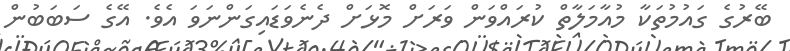
ބޭރުގެ ގައުމުތަކާ މުއާމަލާތް ކުރައްވަން ވަރަށް މޮޅަށް ދެނެވަޑައިގަންނަވަ އެވެ. އޭގެ ސަބަބުން